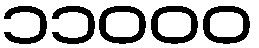
၁၁၀၀၀